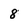
Character: 8